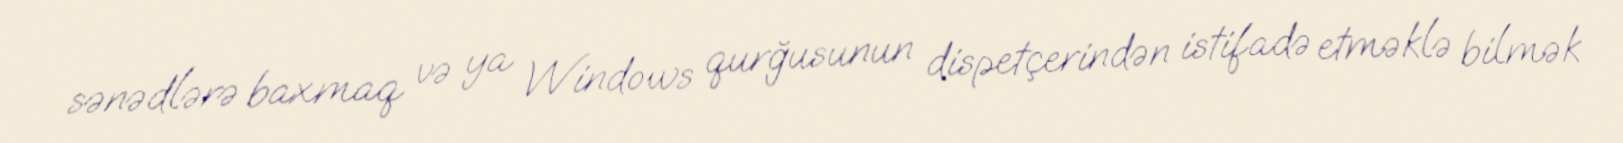
sənədlərə baxmaq və ya Windows qurğusunun dispetçerindən istifadə etməklə bilmək